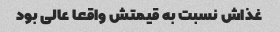
غذاش نسبت به قیمتش واقعا عالی بود